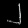
Digit: ၂